Medical and sanitary report of the native army of Bengal for the year
Year: 1877
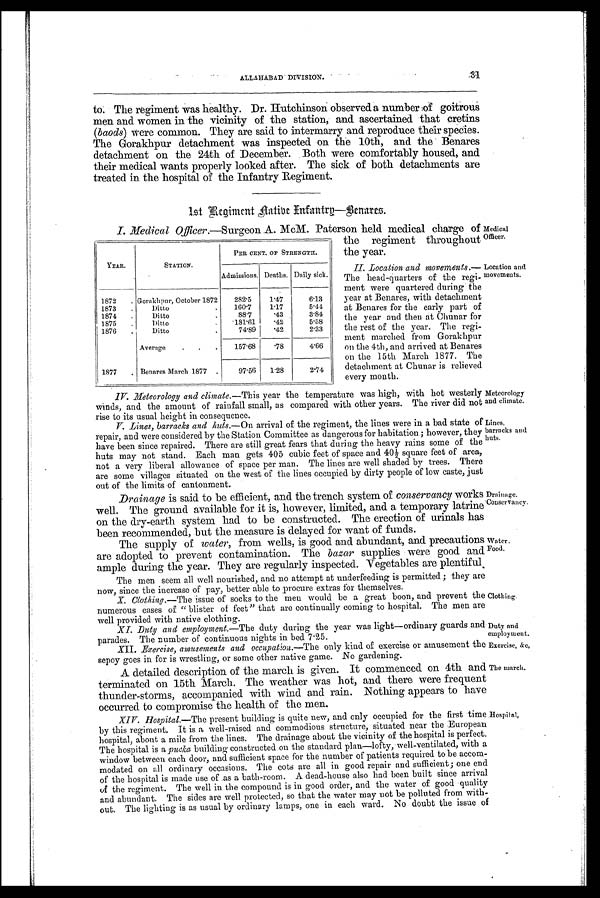
ALLAHABAD DIVISION.
Meteorology
and climate.
Lines,
barracks and
huts.
Drainage.
Conservancy.
Water.
Food.
Clothing.
Duty and
employment.
Exercise, &c,
The march.
Hospital.
to. The regiment was healthy. Dr. Hutchinson observed a number of goitrous
men and women in the vicinity of the station, and ascertained that cretins
(baods ) were common. They are said to intermarry and reproduce their species.
The Gorakhpur detachment was inspected on the 10th, and the Benares
detachment on the 24th of December. Both were comfortably housed, and
their medical wants properly looked after. The sick of both detachments are
treated in the hospital of the Infantry Regiment.
1st Regiment Native
I n f a n t r y — B e n a r e s .
Medical Officer.
I. Medical Officer.—Surgeon A. McM. Paterson held medical charge of
the regiment throughout
the year.
Location and
movements.
II. Location and movements. —
The head-quarters of the
regi-ment were quartered during the
year at Benares, with detachment
at Benares for the early part of
the year and then at Chunar for
the rest of the year. The regi-
ment marched from Gorakhpur
on the 4th, and arrived at Benares
on the 15th March 1877. The
detachment at Chunar is relieved
every month.
YEAR.
STATION.
PER CENT. OF STRENGTH.
Admissions. Deaths. Daily sick.
1872
. Gorakhpur, October 1872
2 8 2 . 5
1.47
6.13
1873
.
Ditto
.
160.7 ' 1.17
5.44
1874
. Ditto
8 8 . 7
. 4 3
3.84
1875
. Ditto
.
181.61
. 4 2
5.58
1876
. Ditto
74.89
. 4 2
2.33
Average
.
. .
157.68
. 7 8
4.66
1877
.Benares March 1877 .
97.56
1.28
2.74
IV. Meteorology and climate. —This year the temperature was high, with hot westerly
winds, and the amount of rainfall small, as compared with other years. The river did not
rise to its usual height in consequence.
V . L i n e s , b a r r a c k s a n d h u t s . — O n a r r i v a l o f t h e r e g i m e n t , t h e l i n e s w e r e i n a b a d s t a t e o f
repair, and were considered by the Station Committee as dangerous for habitation; however, they
have been since repaired. There are still great fears that during the heavy rains some of the
huts may not stand. Each man gets 405 cubic feet of space and 40½ square feet of area,
not a very liberal allowance of space per man. The lines are well shaded by trees. There
are some villages situated on the west of the lines occupied by dirty people of low caste, just
out of the limits of cantonment.
Drainage is said to be efficient, and the trench system of conservancy works
well. The ground available for it is, however, limited, and a temporary latrine
on the dry-earth system had to be constructed. The erection of urinals has
been recommended, but the measure is delayed for want of funds.
The supply of water, from wells, is good and abundant, and precautions
are adopted to prevent contamination. The bazar supplies were good and
ample during the year. They are regularly inspected. Vegetables are plentiful.
The men seem all well nourished, and no attempt at underfeeding is permitted; they are
now, since the increase of pay, better able to procure extras for themselves.
X. Clothing.—The issue of socks to the men would be a great boon, and prevent the
numerous cases of "blister of feet" that are continually coming to hospital. The men are
well provided with native clothing.
XI. Duty and employment. —The duty during the year was light—ordinary guards and
parades. The number of continuous nights in bed 7.25.
XII. Exercise, amusements and occupation.—The only kind of exercise or amusement the
sepoy goes in for is wrestling, or some other native game. No gardening.
A detailed description of the march is given. It commenced on 4th and
terminated on 15th March. The weather was hot, and there were frequent
thunder-storms, accompanied with wind and rain. Nothing appears to have
occurred to compromise the health of the men.
XIV. Hospital. —The present building is quite new, and only occupied for the first time
by this regiment. It is a well-raised and commodious structure, situated near the European
hospital, about a mile from the lines. The drainage about the vicinity of the hospital is perfect.
The hospital is a pucka building constructed on the standard plan—lofty, well-ventilated, with a
window between each door, and sufficient space for the number of patients required to be accom-
modated on all ordinary occasions. The cots are all in good repair and sufficient; one end
of the hospital is made use of as a bath-room. A dead-house also had been built since arrival
of the regiment. The well in the compound is in good order, and the water of good quality
and abundant. The sides are well protected, so that the water may not be polluted from with-
out. The lighting is as usual by ordinary lamps, one in each ward. No doubt the issue of